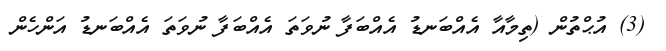
(3) އުޙްތުން (ތިމާއާ އެއްބަނޑު އެއްބަފާ ނުވަތަ އެއްބަފާ ނުވަތަ އެއްބަނޑު އަންހެން